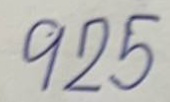
925